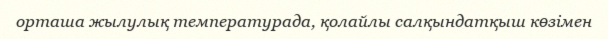
орташа жылулық температурада, қолайлы салқындатқыш көзімен